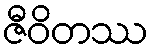
ဇီဝိတဿ